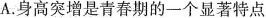
A.身高突增是青春期的一个显著特点